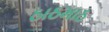
ઠાઠમાઠ